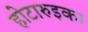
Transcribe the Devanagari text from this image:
होटारुइका